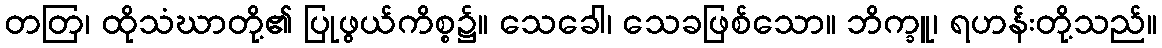
တတြ၊ ထိုသံဃာတို့၏ ပြုဖွယ်ကိစ္စ၌။ သေခေါ၊ သေခဖြစ်သော။ ဘိက္ခူ၊ ရဟန်းတို့သည်။